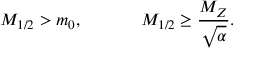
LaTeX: M _ { 1 / 2 } > m _ { 0 } , \; \; \; \; \; \; \; \; \; \; \; \; M _ { 1 / 2 } \geq \frac { M _ { Z } } { \sqrt { \alpha } } .